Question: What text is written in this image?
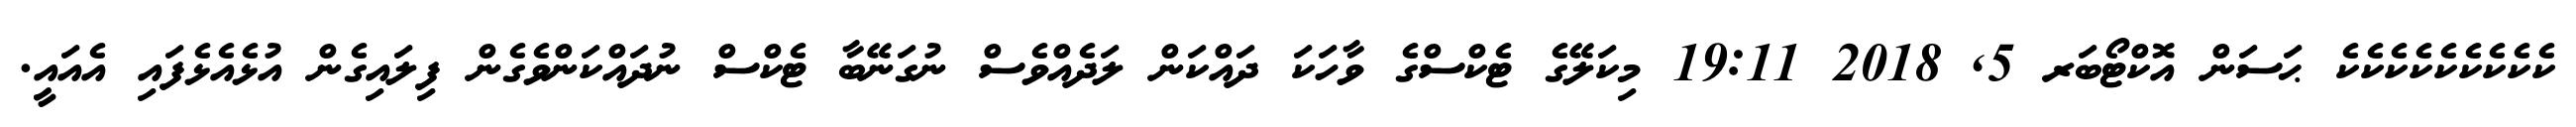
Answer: ކެކެކެކެކެކެކެކެކެ ޙަސަން އޮކްޓޯބަރ 5, 2018 19:11 މިކަލޭގެ ޓެކްސްގެ ވާހަކަ ދައްކަން ލަދެއްވެސް ނުގަނޭބާ ޓެކްސް ނުދައްކަންވެގެން ފިލައިގެން އުޅެއެޅެފައި އެއައީ.